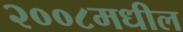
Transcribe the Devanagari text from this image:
२००८मधील